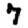
Digit: 7